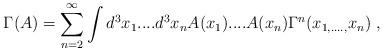
LaTeX: \begin{align*}\Gamma (A)=\sum_{n=2}^\infty \int d^3x_1....d^3x_nA(x_1)....A(x_n)\Gamma^n(x_{1,....,}x_n)\;, \end{align*}